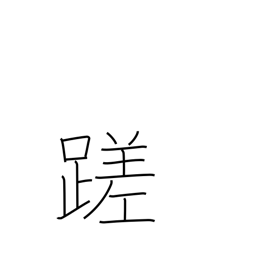
Meaning: stumble